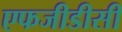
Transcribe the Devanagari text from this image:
एफजीडीसी